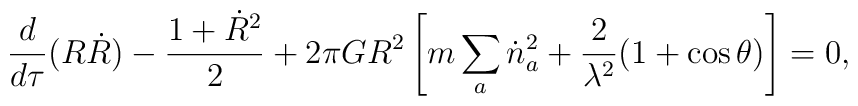
\frac{d}{d\tau}(R\dot{R})-\frac{1+\dot{R}^{2}}{2}+2\pi GR^{2}\left[m\sum_{a}\dot{n}^{2}_{a}+\frac{2}{\lambda^{2}}(1+\cos\theta)\right]=0,